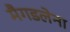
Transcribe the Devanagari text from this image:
मैगडलेना